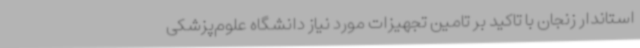
استاندار زنجان با تاکید بر تامین تجهیزات مورد نیاز دانشگاه علوم‌پزشکی